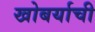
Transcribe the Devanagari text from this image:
खोबर्याची